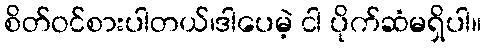
စိတ်ဝင်စားပါတယ်၊ဒါပေမဲ့ ငါ ပိုက်ဆံမရှိပါ။